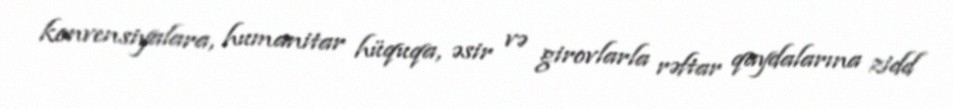
konvensiyalara, humanitar hüquqa, əsir və girovlarla rəftar qaydalarına zidd